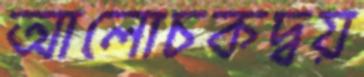
আলোচকদ্বয়